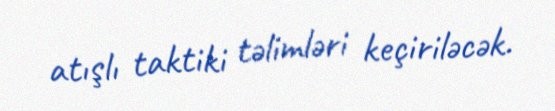
atışlı taktiki təlimləri keçiriləcək.